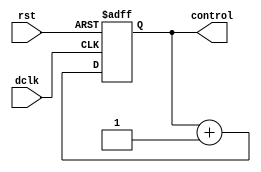
module two_bit_counter(
		dclk,
		rst,
		control
);

// ==============================================================================
// 									   Port Declarations
// ==============================================================================
			
			input        dclk;
			input        rst;
			output [1:0] control;
   
// ==============================================================================
// 							 Parameters, Registers, and Wires
// ==============================================================================   
			
			reg [1:0]    count;
   
// ==============================================================================
// 										Implementation
// ==============================================================================   

			// Counting process
			always @(posedge dclk or posedge rst)
				
				begin
					if (rst == 1'b1)
						count <= {2{1'b0}};
					else
						count <= count + 1'b1;
				end
			
			// Assign output control bus
			assign control = count;
   
endmodule